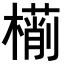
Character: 𣜎